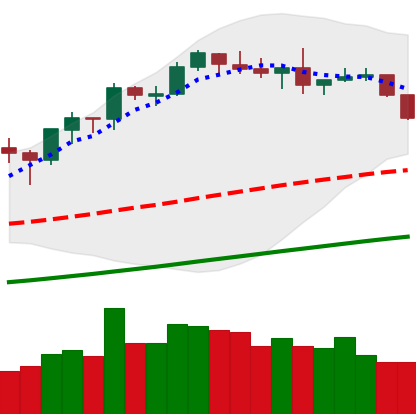
Ticker: BNB-USD
Chart end date: 2019-06-04
Forward return: 4.008%
Label: up_3_5